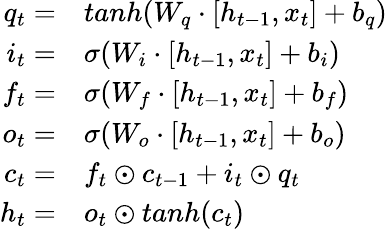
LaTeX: \begin{array}{rl}{q_{t}=}&{tanh(W_{q}\cdot[h_{t-1},x_{t}]+b_{q})}\\ {i_{t}=}&{\sigma(W_{i}\cdot[h_{t-1},x_{t}]+b_{i})}\\ {f_{t}=}&{\sigma(W_{f}\cdot[h_{t-1},x_{t}]+b_{f})}\\ {o_{t}=}&{\sigma(W_{o}\cdot[h_{t-1},x_{t}]+b_{o})}\\ {c_{t}=}&{f_{t}\odot c_{t-1}+i_{t}\odot q_{t}}\\ {h_{t}=}&{o_{t}\odot tanh(c_{t})}\end{array}